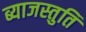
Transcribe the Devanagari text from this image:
ब्याजस्तुति